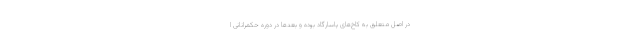
در اصل متعلق به کاخ‌های پاسارگاد بوده و بعدها در دوره حکمرانانی ا